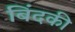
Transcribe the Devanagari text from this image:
बिंदकी